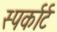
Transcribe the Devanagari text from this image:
स्पर्कार्ट